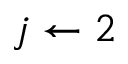
j \gets 2